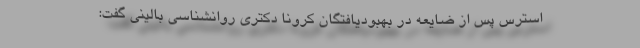
استرس پس از ضایعه در بهبودیافتگان کرونا دکتری روانشناسی بالینی گفت: